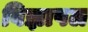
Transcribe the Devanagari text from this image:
विज्ञापल